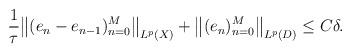
LaTeX: \begin{align*} \begin{aligned}&\frac{1}{\tau}\big\|(e_n-e_{n-1} )_{n=0}^M\big\|_{ L^p(X)} + \big\|(e_n )_{n=0}^M\big\|_{ L^p(D)} \le C\delta . \end{aligned}\end{align*}